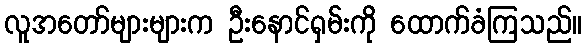
လူအတော်များများက ဦးနောင်ရှမ်းကို ထောက်ခံကြသည်။